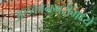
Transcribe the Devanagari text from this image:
अलकानगरीमध्ये